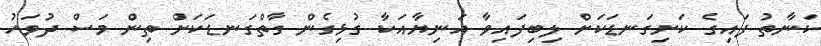
ކަނާތު ފައިގެ ކަށިގަނޑަކަށް ލިބިފައިވާ އަނިޔާއަކާ ގުޅިގެން ގާތްގަނޑަކަށް ތިން މަސް ދުވަހު